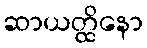
ဆာယတ္ထိနော